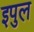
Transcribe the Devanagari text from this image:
इपुल